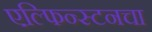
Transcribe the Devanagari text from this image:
एल्फिन्स्टनचा